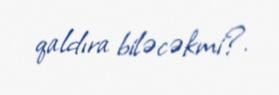
qaldıra biləcəkmi?.